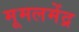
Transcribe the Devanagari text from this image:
मूमलमेंद्र